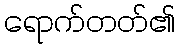
ရောက်တတ်၏